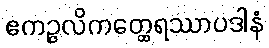
ဧကဉ္ဇလိကတ္ထေရဿာပဒါနံ